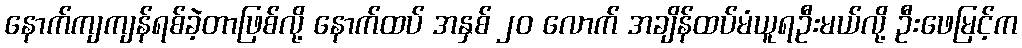
နောက်ကျကျန်ရစ်ခဲ့တာဖြစ်လို့ နောက်ထပ် အနှစ် ၂၀ လောက် အချိန်ထပ်မံယူရဦးမယ်လို့ ဦးဖေမြင့်က